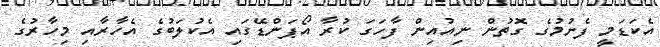
އެކަޑަމީ ފެށުމުގެ ގޮތުން ނިއުއިން ފާހަގަ ކުރާ އޯޕަންޑޭގައި އެކުލަބުގެ އެހާރާއި މިހާރުގެ